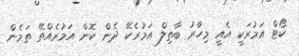
ކޯޓް އަމުރަކީ އެއީ މިހާރު ބާތިލް އަމުރެކޭ ދެން ކޮން އަމުރެއްތޭ ތަމެން